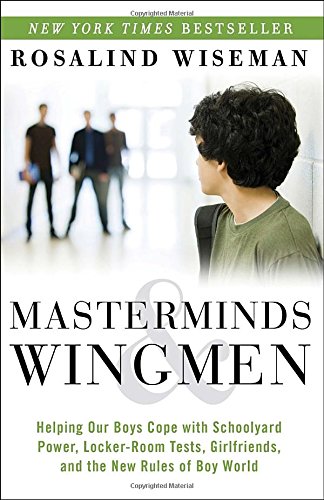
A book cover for Masterminds and Wingmen: Helping Our Boys Cope with Schoolyard Power, Locker-Room Tests, Girlfriends, and the New Rules of Boy World; Rosalind Wiseman; Education & Teaching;